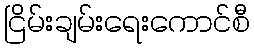
ငြိမ်းချမ်းရေးကောင်စီ